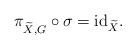
LaTeX: \begin{align*}\pi^{\ }_{\widetilde X, G}\circ\sigma={\rm id}_{\widetilde X}.\end{align*}